65_HS1-834228961_62-HQ-83894_Section_6
Agency: FBI
Page 143
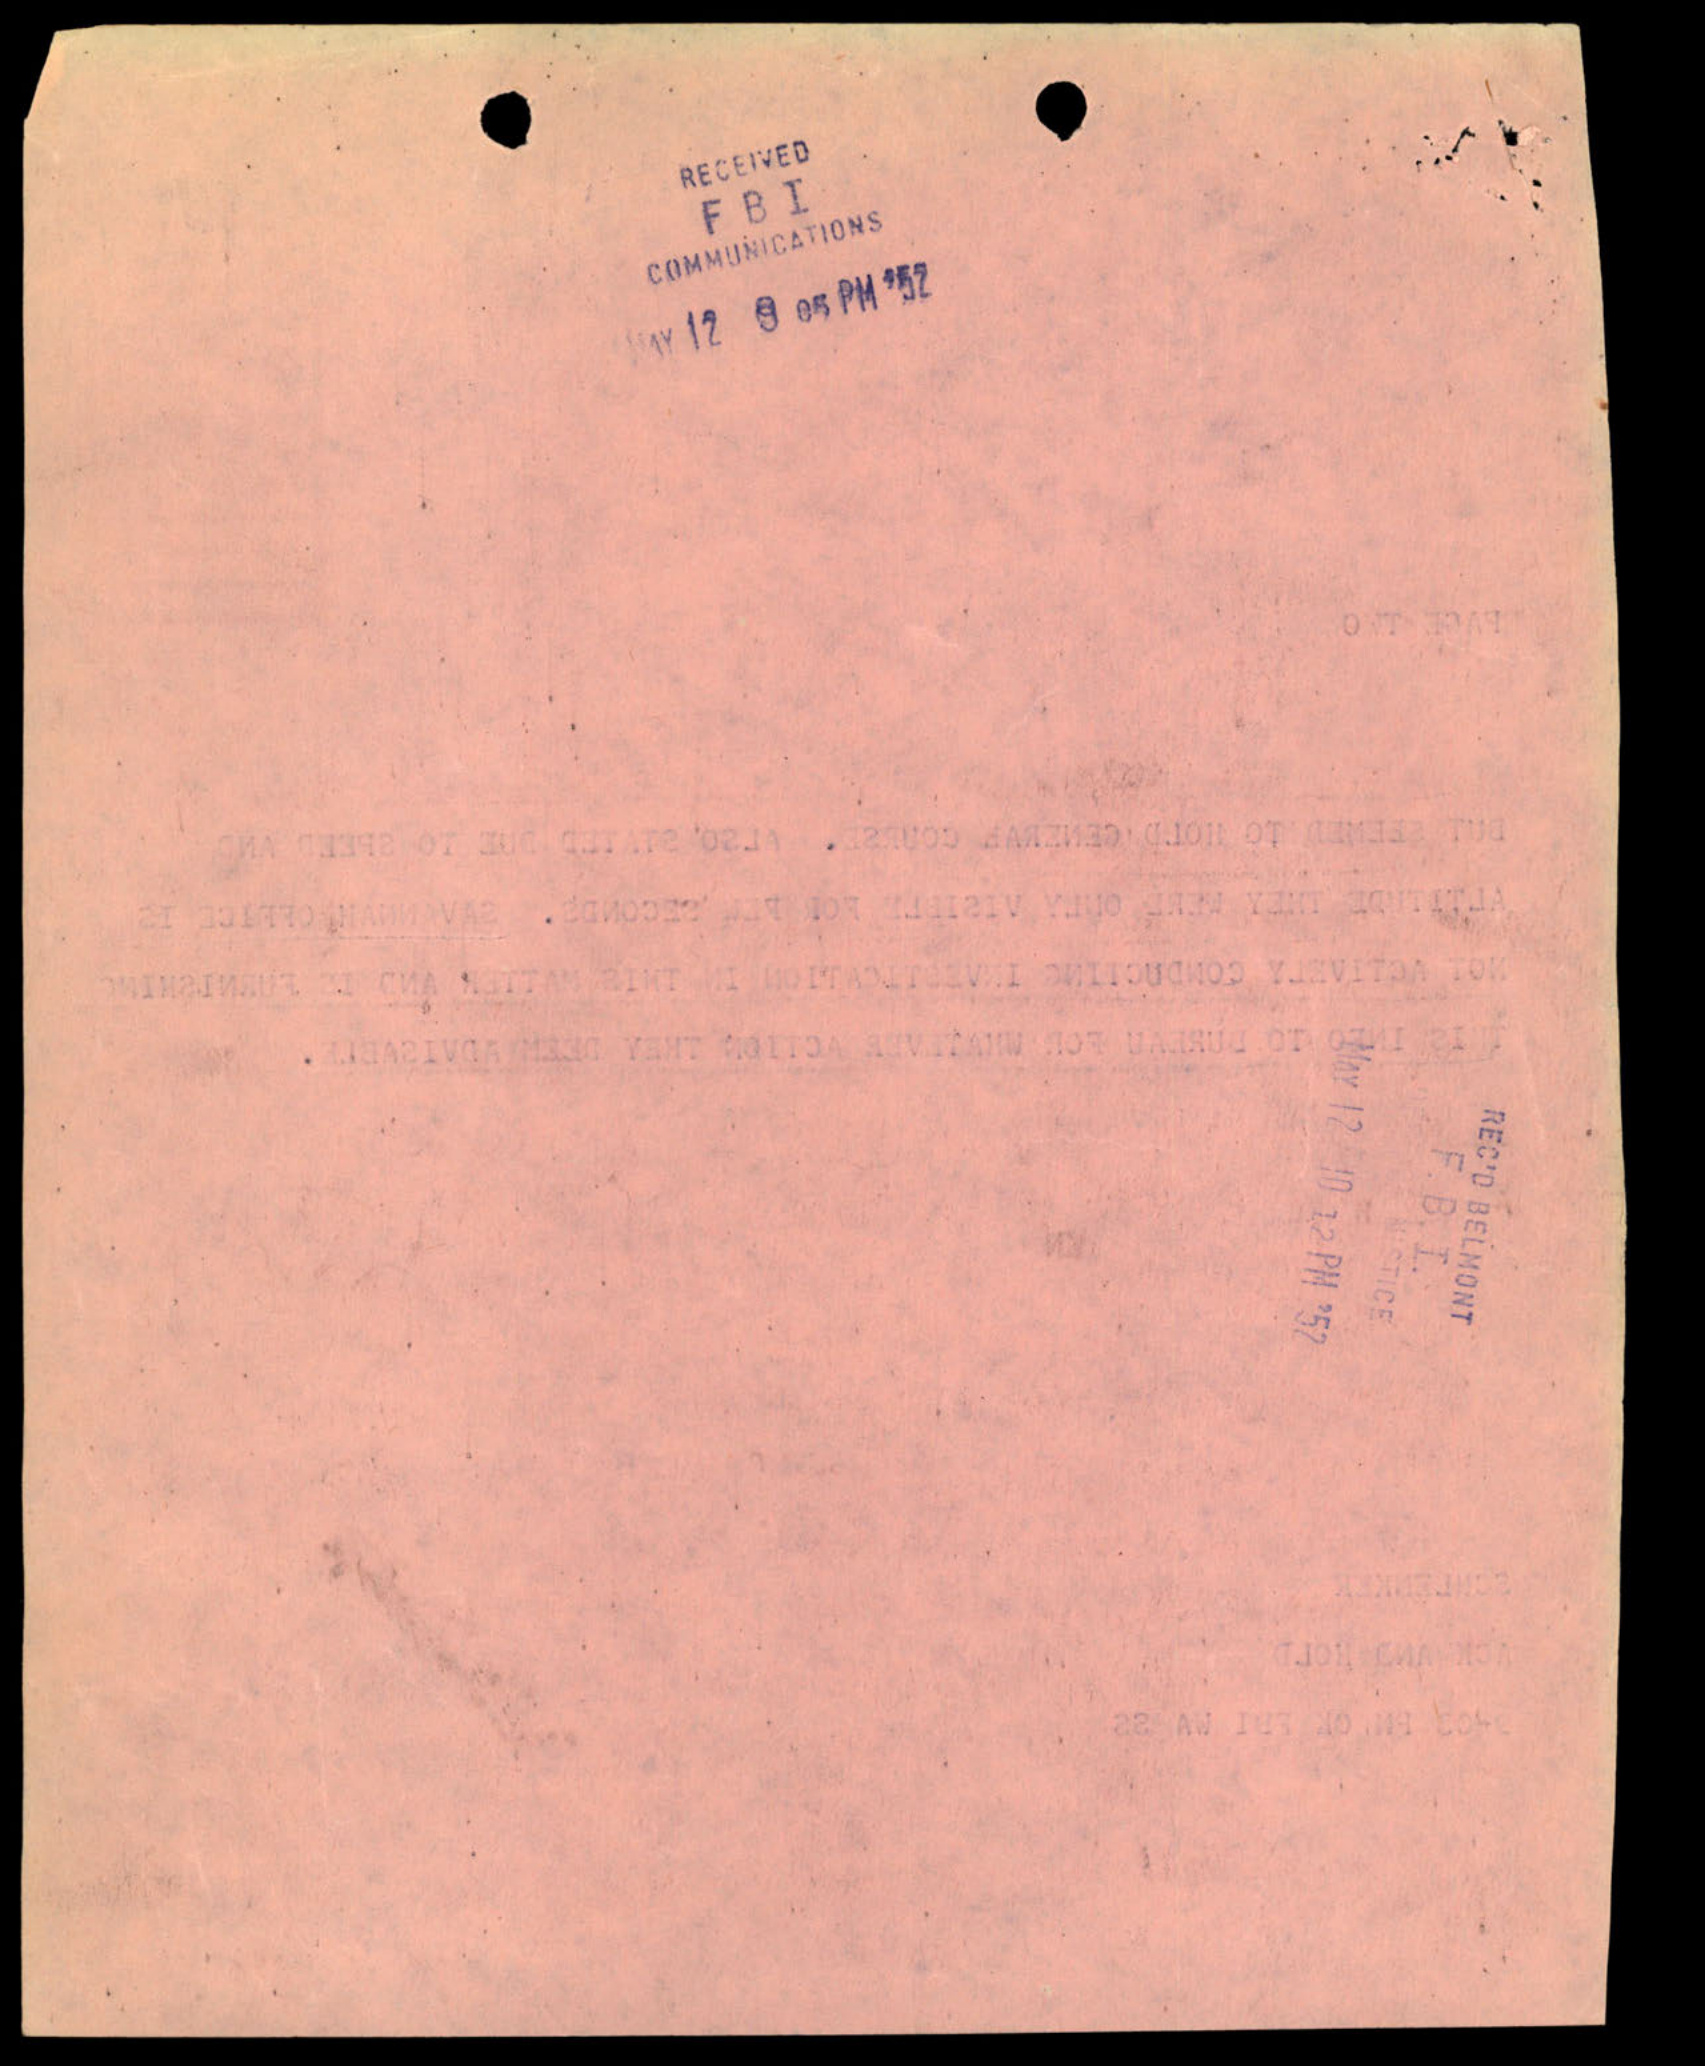